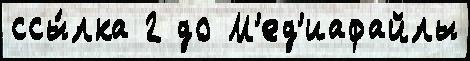
ссы́лка 2 до М'ед'иафайлы